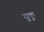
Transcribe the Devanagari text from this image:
युकु